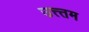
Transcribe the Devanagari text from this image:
उत्त्तम